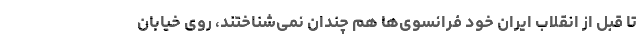
تا قبل از انقلاب ایران خود فرانسوی‌ها هم چندان نمی‌شناختند، روی خیابان